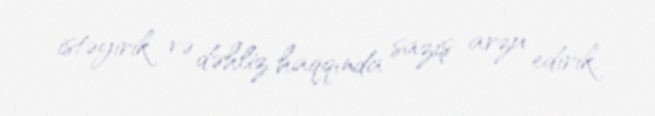
istəyirik və dəhliz haqqında saziş arzu edirik.